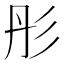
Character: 彤